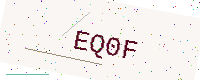
Text: EQ0F